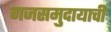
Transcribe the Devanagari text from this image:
गजसमुदायाची